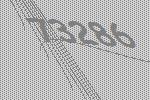
73286